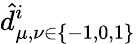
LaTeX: \hat{d}_{\mu,\nu\in\{ -1,0,1\} }^{i}